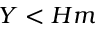
Y < H m